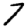
Digit: 7